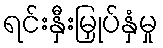
ရင်းနှီးမြှုပ်နှံမှု